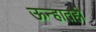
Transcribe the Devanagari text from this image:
ऊन्हातही